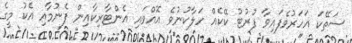
ސަތޭކަ އަހަރުވެފައިވާ ފުރުޓު ކޭކެއް ހަލާކުނުވެ އޮއްވައި އެންޓާރިކާއިން ފެނުމާއި އެކު މީގެ